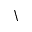
\backslash